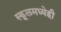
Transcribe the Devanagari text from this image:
स्कूलमध्येही